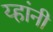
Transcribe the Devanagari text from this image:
य्हांनी